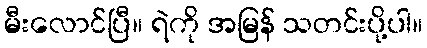
မီးလောင်ပြီ။ ရဲကို အမြန် သတင်းပို့ပါ။